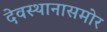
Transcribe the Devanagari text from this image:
देवस्थानासमोर